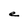
Character: e